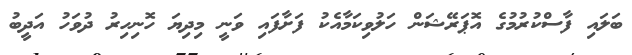
ބަލައި ފާސްކުރުމުގެ އޮޕަރޭޝަން ހަލުވިކަމާއެކު ފަށާފައި ވަނީ މިދިޔަ ހޮނިހިރު ދުވަހު އަދީބު